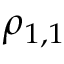
\rho _ { 1 , 1 }